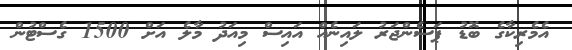
އެމެރިކާގެ ބޮޑު ޕަސެންޖަރު ލައިނެއް އައިސް މިއަދު މާލެ އަށް 1500 ގެސްޓުން